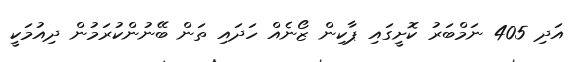
އަދި 405 ނަމްބަރު ކޮށީގައި ޕާކިން ޒޯނެއް ހަދައި ތަން ބޭނުންކުރަމުން ދިއުމަކީ